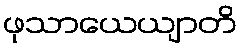
ဖုသာယေယျာတိ